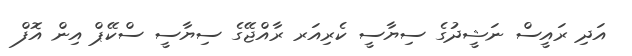
އަދި ރައީސް ނަޝީދުގެ ސިޔާސީ ކެރިއަރ ރާއްޖޭގެ ސިޔާސީ ސްކޭޕް އިން އޮފް